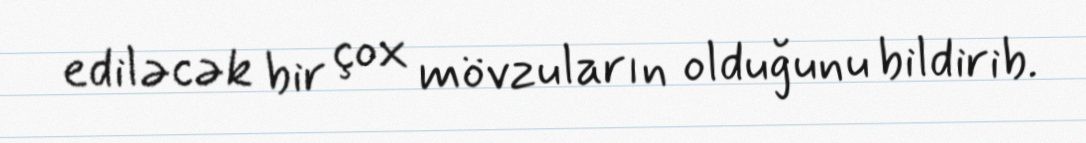
ediləcək bir çox mövzuların olduğunu bildirib.